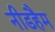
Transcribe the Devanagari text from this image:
नीडहैम